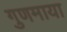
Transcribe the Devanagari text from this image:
गुणमाया